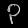
Digit: ၃